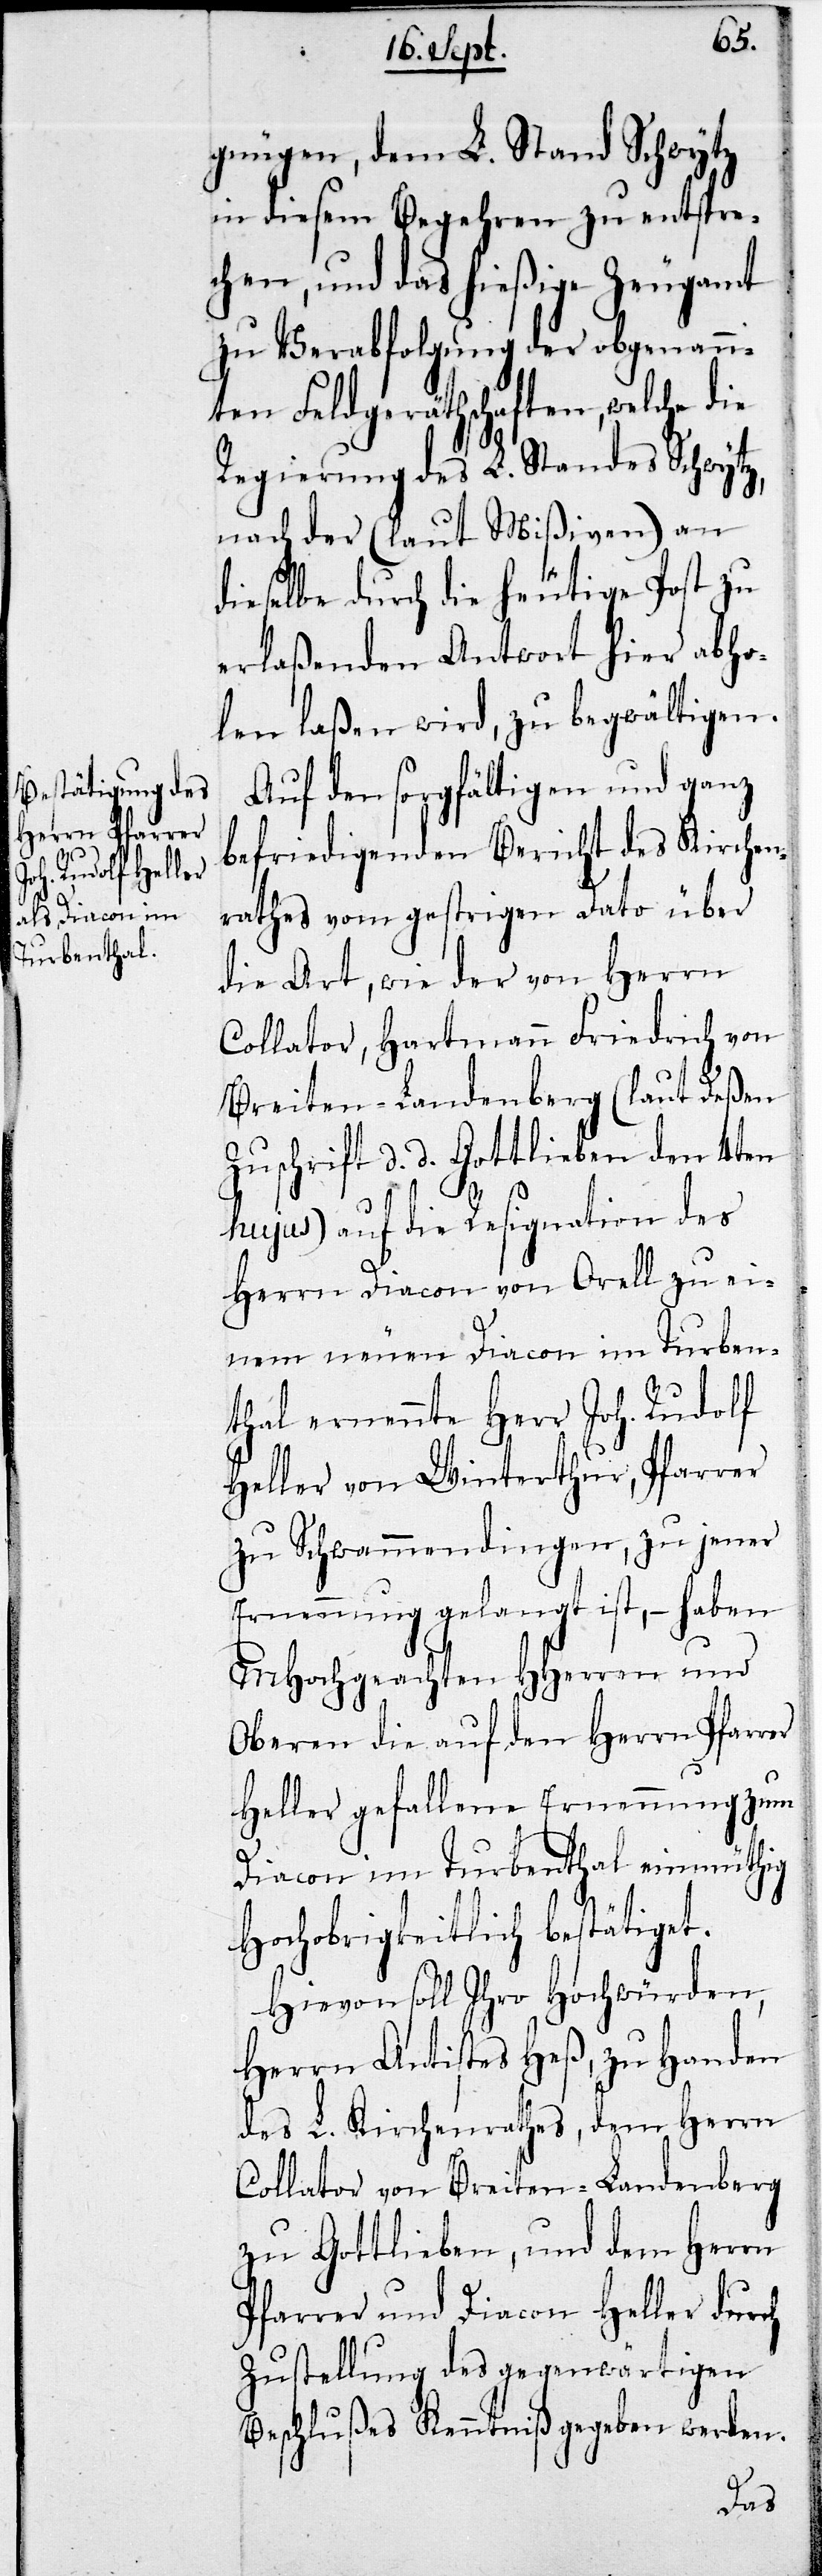
gnügen, dem L. Stand Schwytz
in diesem Begehren zu entspre¬
chen, und das hießige Zeugamt
zu Verabfolgung der obgenann¬
ten Feldgeräthschaften, welche die
Regierung des L. Standes Schwytz,
nach der (laut Mißiven) an
dieselbe durch die heutige Post zu
erlaßenden Antwort hier abho¬
len laßen wird, zu begwältigen.
Auf den sorgfältigen und ganz
befriedigenden Bericht des Kirchen¬
rathes von gestrigem Dato über
die Art, wie der von Herrn
Collator, Hartmann Friedrich von
Breiten-Landenberg (laut deßen
Zuschrift d. d. Gottlieben des 4ten
hujus) auf die Resignation des
Herrn Diacon von Orell zu ei¬
nem neuen Diacon im Turben¬
thal ernennte Herr Joh. Rudolf
Heller von Winterthur, Pfarrer
zu Schwammendingen, zu jener
Ernennung gelangt ist, – haben
MHochgeachte HHerren und
Oberen die auf den Herrn Pfarrer
Heller gefallene Ernennung zum
Diacon im Turbenthal einmüthig
Hochobrigkeitlich bestätiget.
Hievon soll Ihrer Hochwürden,
Herrn Antistes Heß, zu Handen
des L. Kirchenrathes, dem Herrn
Collator von Breiten-Landenberg
zu Gottlieben, und dem Herrn
Pfarrer und Diacon Heller durch
Zustellung des gegenwärtigen
Beschlußes Kenntniß gegeben werden.